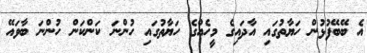
އެ ބޭބޭފުޅުން ހަޔާތުގައި އާދައިގެ މީހެއްގެ ހަޔާތުގައި ހުންނަ ކަންކަން ހުންނަ ބާވައޭ